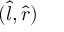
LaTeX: ( { \hat { l } } , { \hat { r } } )